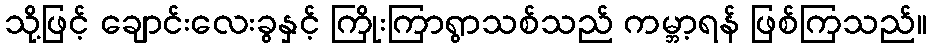
သို့ဖြင့် ချောင်းလေးခွနှင့် ကြိုးကြာရွာသစ်သည် ကမ္ဘာ့ရန် ဖြစ်ကြသည်။